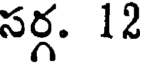
సర్గ. 12